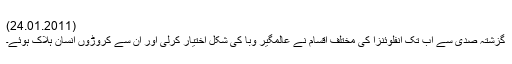
(24.01.2011)
گزشتہ صدی سے اب تک انفلوئنزا کی مختلف اقسام نے عالمگیر وبا کی شکل اختیار کرلی اور ان سے کروڑوں انسان ہلاک ہوئے۔